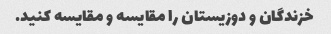
خزندگان و دوزیستان را مقایسه و مقایسه کنید.